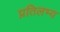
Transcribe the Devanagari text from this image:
प्रतिलभ्य